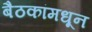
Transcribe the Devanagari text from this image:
बैठकांमधून